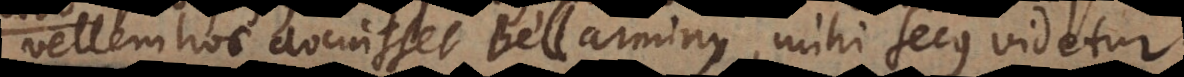
vellem hoc docuisset Bellarminus, mihi secus videtur